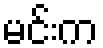
မင်းက